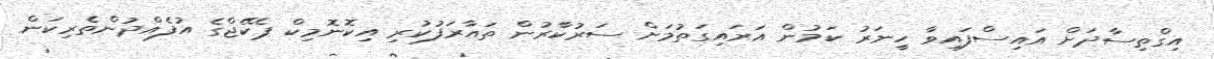
އިގްތިސާދަށް އައިސްފައިވާ ހީނަރު ކަމުން އަރައިގަތުމަށް ސަރުކާރުން ތައާރަފުކުރި އިކޮނޮމިކް ޕެކޭޖްގެ އުފެއްދުންތެރިކަން